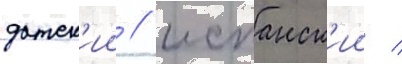
датск'ии / испанск'ии /